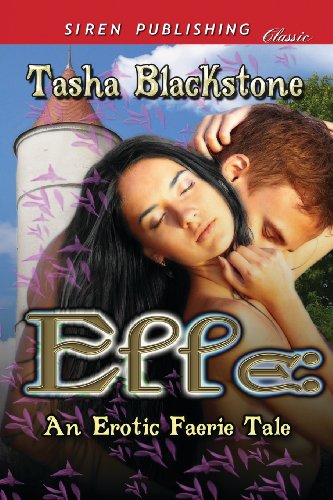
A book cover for Elle: An Erotic Faerie Tale (Siren Publishing Classic); Tasha Blackstone; Romance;